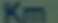
Km